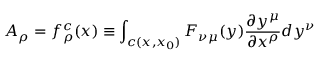
A _ { \rho } = f _ { \rho } ^ { c } ( x ) \equiv \int _ { c ( x , x _ { 0 } ) } F _ { \nu \mu } ( y ) \frac { \partial y ^ { \mu } } { \partial x ^ { \rho } } d y ^ { \nu }